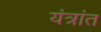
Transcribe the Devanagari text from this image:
यंत्रांत